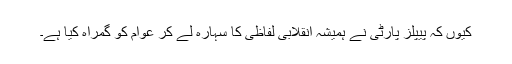
کیوں کہ پیپلز پارٹی نے ہمیشہ انقلابی لفاظی کا سہارہ لے کر عوام کو گمراہ کیا ہے۔